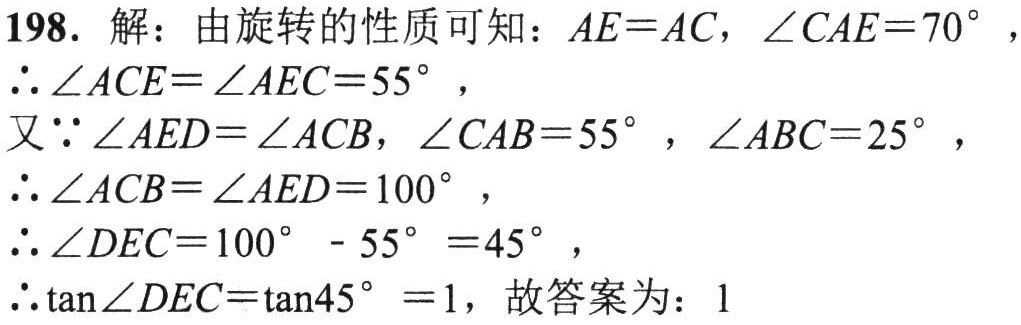
198. 解：由旋转的性质可知：\(AE = AC\)，\(\angle CAE = 70^{\circ}\)，
\(\therefore\angle ACE=\angle AEC = 55^{\circ}\)，
又\(\because\angle AED=\angle ACB\)，\(\angle CAB = 55^{\circ}\)，\(\angle ABC = 25^{\circ}\)，
\(\therefore\angle ACB=\angle AED = 100^{\circ}\)，
\(\therefore\angle DEC = 100^{\circ}-55^{\circ}=45^{\circ}\)，
\(\therefore\tan\angle DEC=\tan45^{\circ}=1\)，故答案为：1